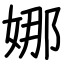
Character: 娜